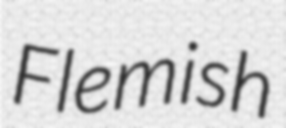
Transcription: Flemish